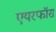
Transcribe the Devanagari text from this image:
एयरफॉर्स